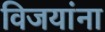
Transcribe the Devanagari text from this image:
विजयांना